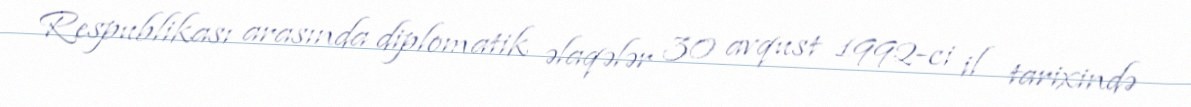
Respublikası arasında diplomatik əlaqələr 30 avqust 1992-ci il tarixində